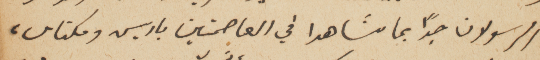
الرسولان جداً بما شاهدا في العاصمتين باريس ومكناس،